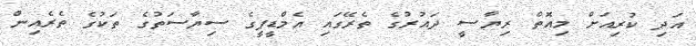
އަދި ކުރިއަށް މިއޮތް ރިޔާސީ ދައުރުގެ ތެރޭގައި އެމްޑީޕީގެ ސިޔާސަތުގެ ތަކުގެ ތެރެއިން